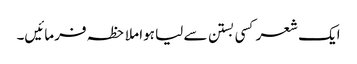
ایک شعر کسی بستن سے لیا ہوا ملاحظہ فرمائیں۔